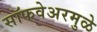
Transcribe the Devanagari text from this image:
सॉफवेअरमुळे